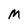
Character: M